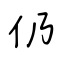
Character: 仍